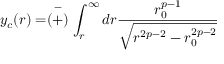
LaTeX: y _ { c } ( r ) = \stackrel { - } { ( + ) } \int _ { r } ^ { \infty } d r \frac { r _ { 0 } ^ { p - 1 } } { \sqrt { r ^ { 2 p - 2 } - r _ { 0 } ^ { 2 p - 2 } } }